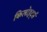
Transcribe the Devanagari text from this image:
किलोहर्ट्स